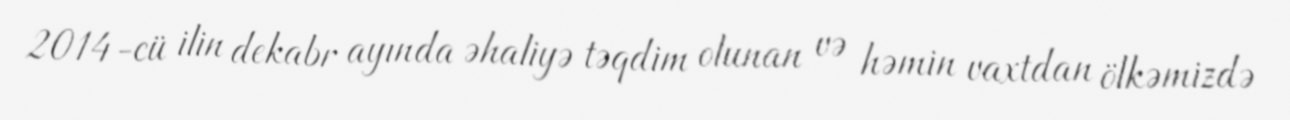
2014-cü ilin dekabr ayında əhaliyə təqdim olunan və həmin vaxtdan ölkəmizdə